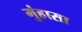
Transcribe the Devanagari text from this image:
मुंहासा